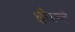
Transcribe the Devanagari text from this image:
क्षीयन्ते